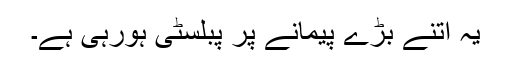
یہ اتنے بڑے پیمانے پر پبلسٹی ہورہی ہے۔